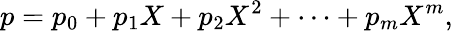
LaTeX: p=p_{0}+p_{1}X+p_{2}X^{2}+\cdots+p_{m}X^{m},